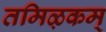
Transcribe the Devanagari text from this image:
तमिऴकम्